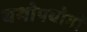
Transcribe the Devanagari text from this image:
यथोपयोगी